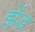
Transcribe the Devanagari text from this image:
झेंड